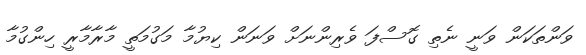
ވަންތަކަން ވަނީ ނެތި ގޮސްފަ ވެރިންނަށް ވަނަން ކިޔުމާ މަގުމަތީ މާރާމާރީ ހިންގުމާ